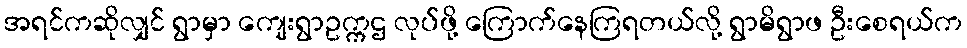
အရင်ကဆိုလျှင် ရွာမှာ ကျေးရွာဥက္ကဌ လုပ်ဖို့ ကြောက်နေကြရတယ်လို့ ရွာမိရွာဖ ဦးစေရယ်က